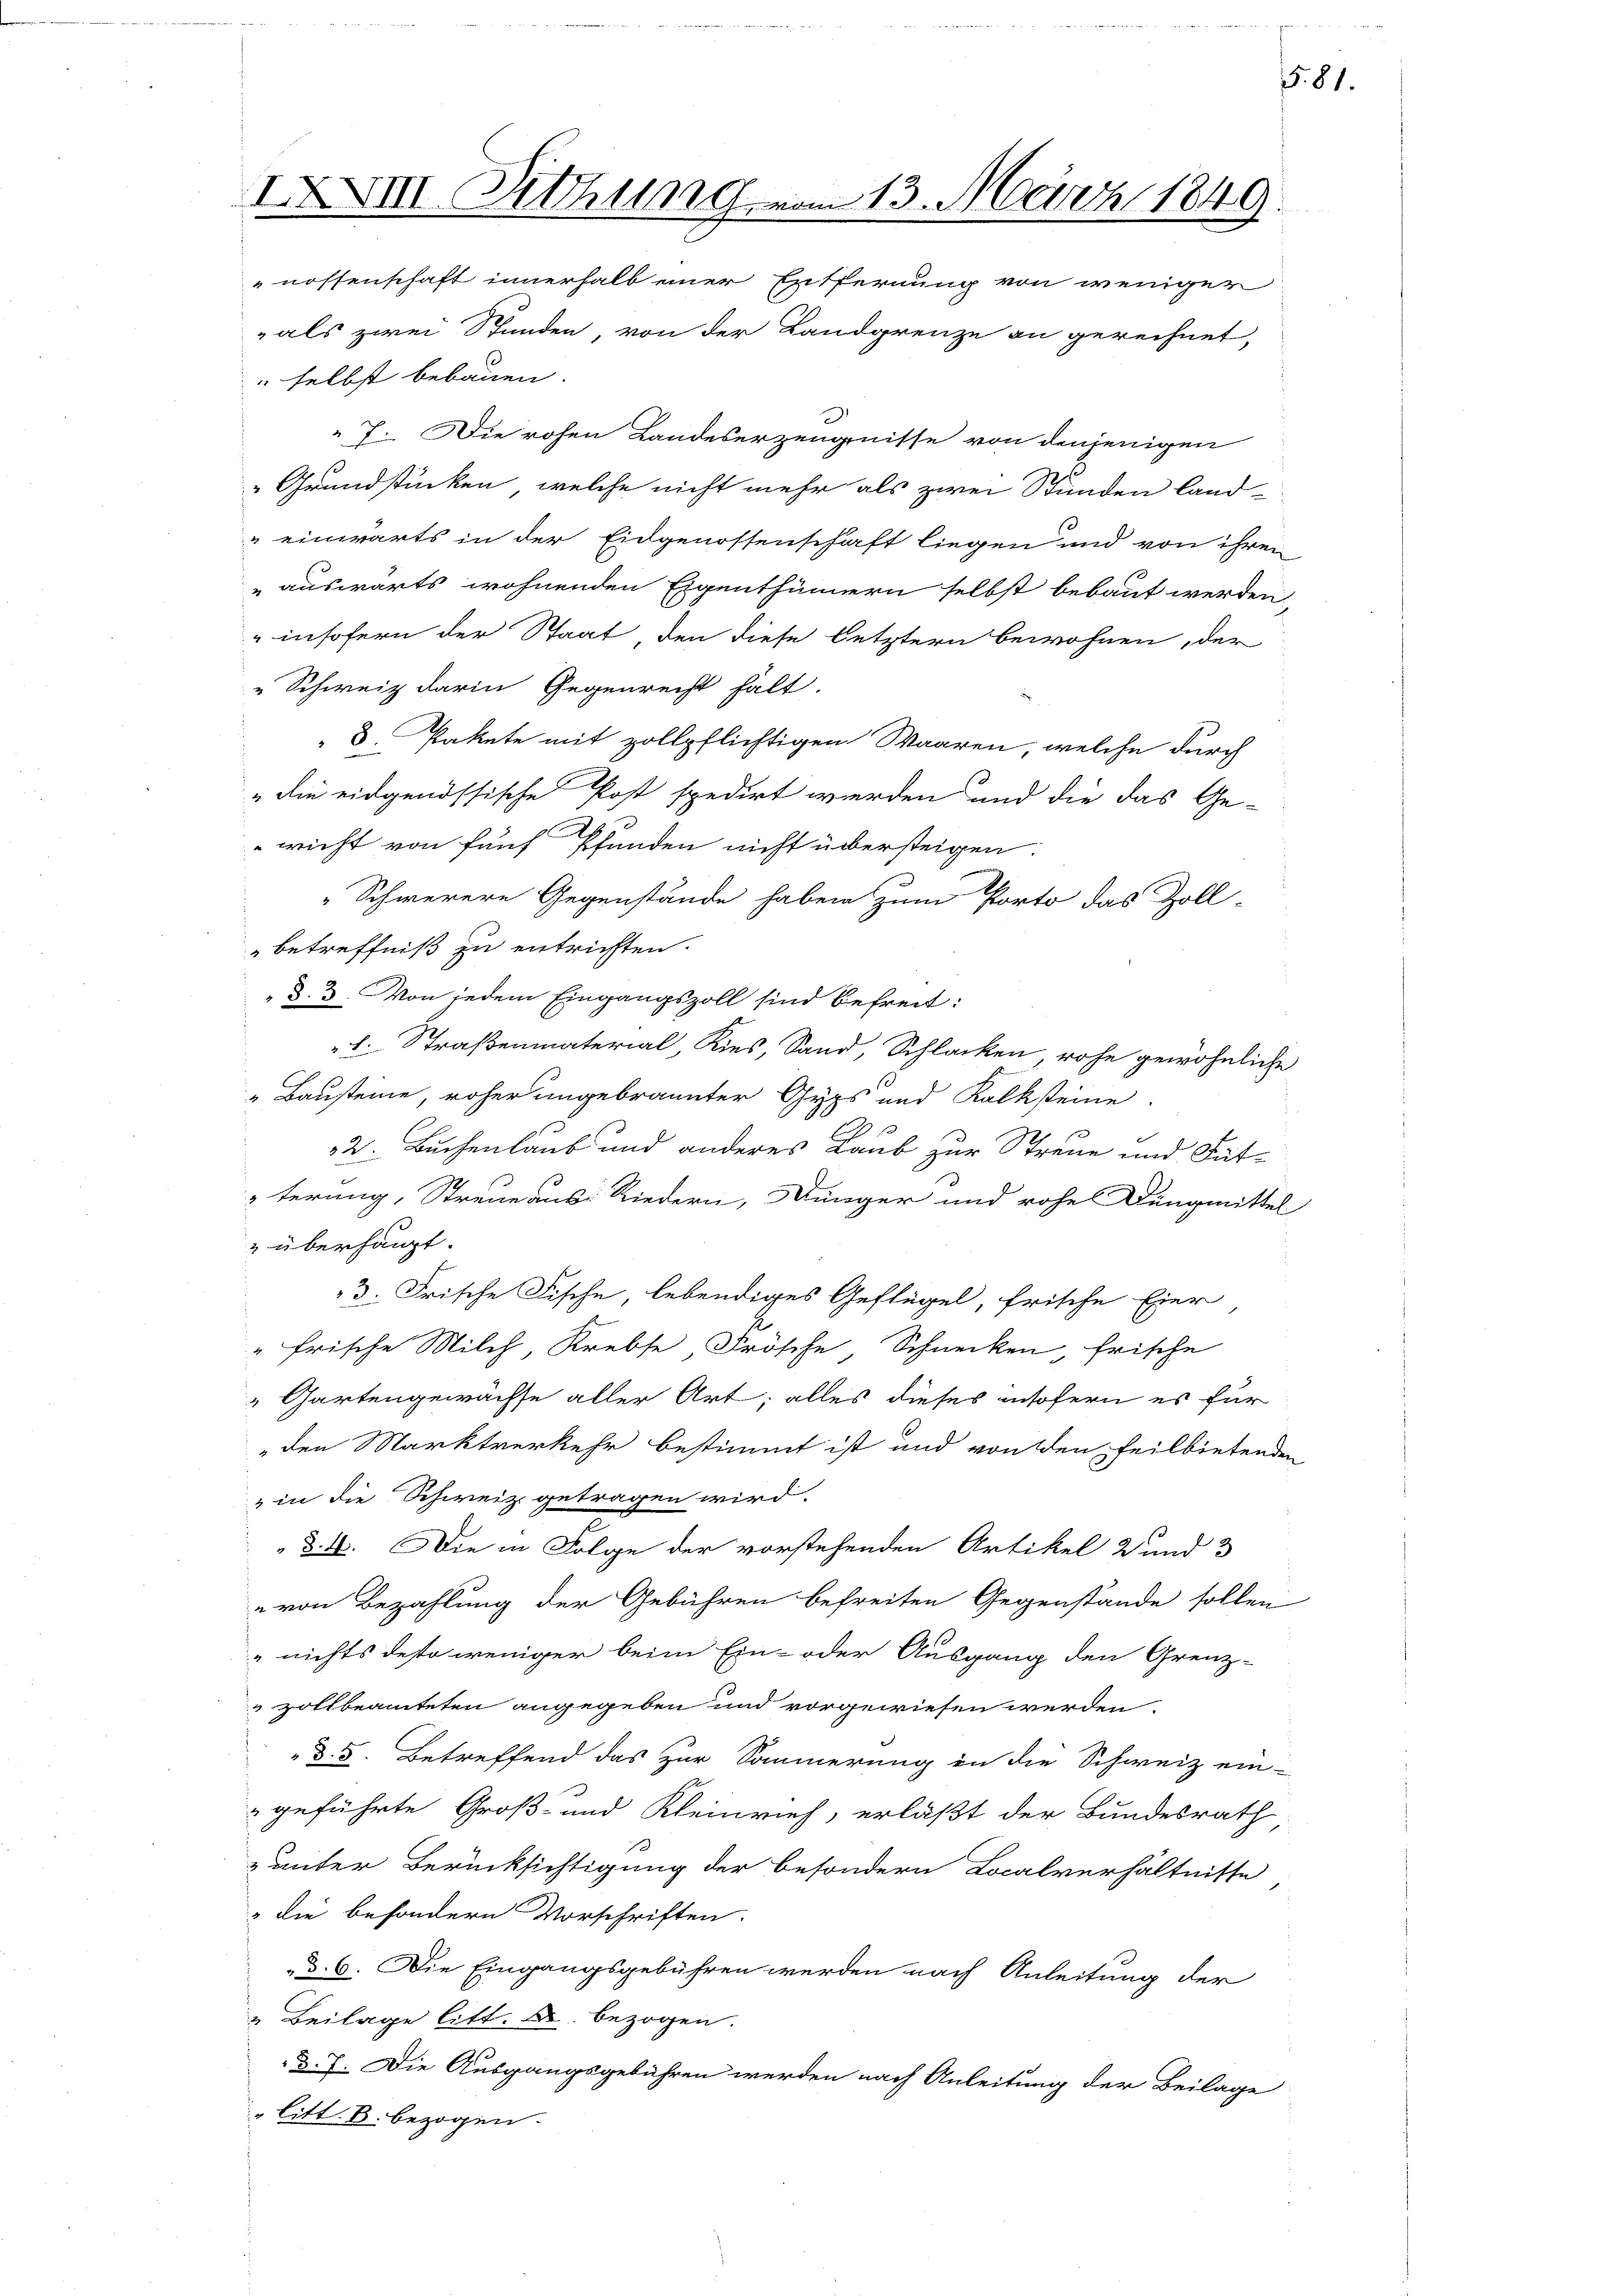
IXXVIII. Dittung vom 13. März 1849.
nossenschaft innerhalb einer Entfernung von weniger

als zwei Stunden von der Landgrenze an gerechnet,
" selbst bebauen.
7. Die rohen Landeserzeugnisse von denjenigen
 Grundstücken, welche nicht mehr als zwei Stunden land-
einwärts in der Eidgenossenschaft liegen und von ihren
auswärts wohnenden Eigenthümern selbst bebaut werden,
" insofern der Staat, den diese letztern bewohnen, der
„Schweiz darin Gegenrecht hält.
3. Pakete mit zollpflichtigen Waaren, welche durch
„die eidgenössische Post spedirt werden und die das Ge-
wicht von fünf Pfunden nicht übersteigen.
„Schwerere Gegenstände haben zum Porto das Zoll-
betreffniß zu entrichten.
d. 3. Von jedem Eingangszoll sind befreit:
 L. Straßenmaterial, Kies, Sand, Schlacken rohe gewöhnliche
" Bausteine, roher ungebrannter Gyps und Kalksteine
2. Buchenlaub und anderes Laub zur Streue und Füt-
terung, Streue aus Riedern, Dünger und rohes Dungmittel
" überhaupt.
3. Frische Fische, lebendiges Geflügel, frische Eier
" frische Milch, Krebse, Frösche, Schnecken, frische
Gartengewächse aller Art; alles dieses insofern es für
den Marktverkehr bestimmt ist und von den feilbietenden
" in die Schweiz getragen wird.
§. 4. Die in Folge der vorstehenden Artikel 2 und 3
e von Bezahlung der Gebühren befreiten Gegenstände sollen
„nichts desto weniger beim Ein- oder Ausgang den Grenz-
 zollbeamteten angegeben und vorgewiesen werden.
d. 5. Betreffend das zur Sommerung in die Schweiz ein-
geführte Groß- und Kleinrich, erläßt der Bundesrath
unter Berücksichtigung der besondern Localverhältnisse
" die besondern Vorschriften.
d. 6. Die Eingangsgebühren werden nach Anleitung der
2 Beilage litt. B. bezogen.
d. 7. Die Ausgangsgebühren werden nach Anleitung der Beilage
" litt. B. bezogen.

§. 81.